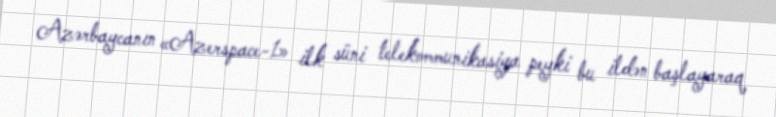
Azərbaycanın «Azerspace-1» ilk süni telekommunikasiya peyki bu ildən başlayaraq